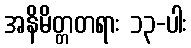
အနိမိတ္တတရား ၁၃-ပါး